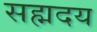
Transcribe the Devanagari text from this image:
सह्मदय